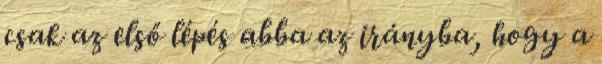
csak az első lépés abba az irányba, hogy a